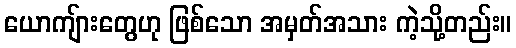
ယောကျ်ားတွေဟု ဖြစ်သော အမှတ်အသား ကဲ့သို့တည်း။